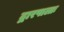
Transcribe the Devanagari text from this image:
द्वारपालाः